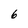
Character: 6